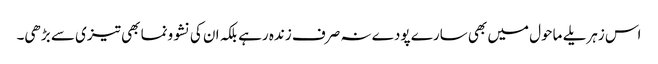
اس زہریلے ماحول میں بھی سارے پودے نہ صرف زندہ رہے بلکہ ان کی نشوونما بھی تیزی سے بڑھی۔